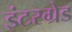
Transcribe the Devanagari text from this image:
इंटरग्रेड